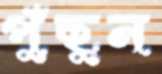
পুঁছুন